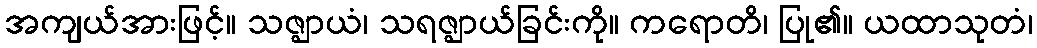
အကျယ်အားဖြင့်။ သဇ္ဈာယံ၊ သရဇ္ဈာယ်ခြင်းကို။ ကရောတိ၊ ပြု၏။ ယထာသုတံ၊